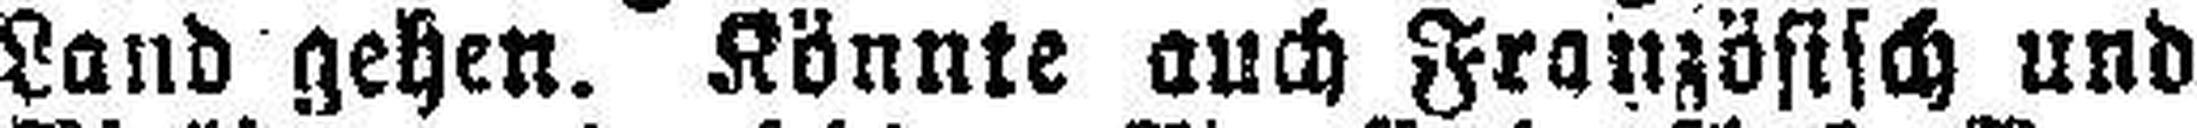
Land gehen. Könnte auch Französisch und